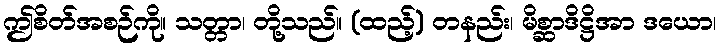
ဤစိတ်အစဉ်ကို။ သတ္တာ၊ တို့သည်။ (ထည့်) တနည်း၊ မိစ္ဆာဒိဋ္ဌိအာ ဒယော၊